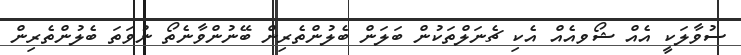
ސުވާލަކީ އެއް ޝޯވއެއް އެކި ޗެނަލްތަކުން ބަލަން ބެލުންތެރިން ބޭނުންވާނެތޯ ނުވަތަ ބެލުންތެރިން